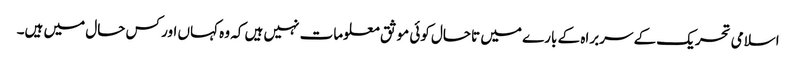
اسلامی تحریک کے سربراہ کے بارے میں تاحال کوئی موثق معلومات نہیں ہیں کہ وہ کہاں اور کس حال میں ہیں۔